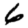
Digit: 6